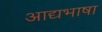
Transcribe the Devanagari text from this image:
आद्यभाषा